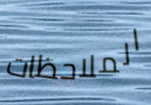
الملاحظات